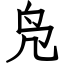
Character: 凫